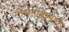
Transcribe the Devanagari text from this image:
तीर्थमहिम्यात